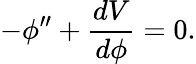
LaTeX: -\phi^{\prime\prime}+\frac{dV}{d\phi}=0.